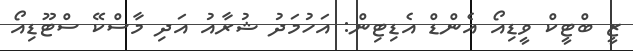
ޒީ ބްޓީކް ވީޑިއޯ އެންޑް އެޑިޓިން: އަހުމަދު ޝުރާއު އަދި މާސްކޭ ސްޓޫޑިއޯ